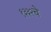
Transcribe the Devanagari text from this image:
१३३२चे